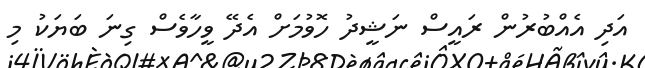
އަދި އެއްބުރުން ރައީސް ނަޝީދު ހޮވުމަށް އެދޭ ވީހާވެސް ގިނަ ބަޔަކު މި